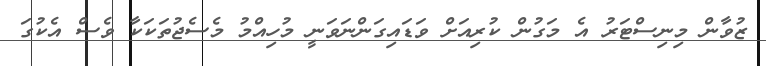
ޒުވާން މިނިސްޓަރު އެ މަގުން ކުރިއަށް ވަޑައިގަންނަވަނީ މުހިއްމު މެސެޖުތަކަކާ ވެސް އެކުގަ